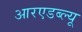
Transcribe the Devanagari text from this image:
आरएडब्ल्यू